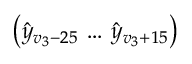
\left( \hat { y } _ { v _ { 3 } - 2 5 } \, \dots \, \hat { y } _ { v _ { 3 } + 1 5 } \right)